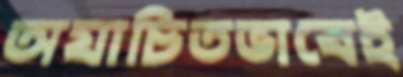
অযাচিতভাবেই